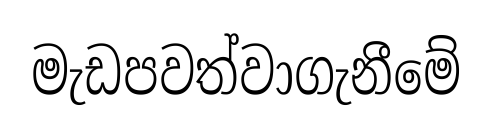
මැඩපවත්වාගැනීමේ